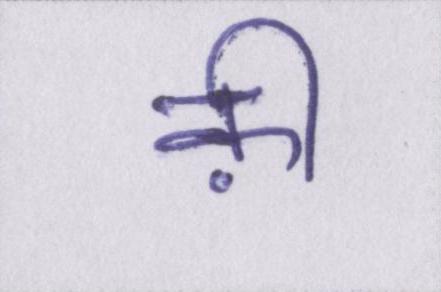
क़ी